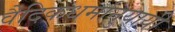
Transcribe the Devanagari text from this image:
वैदिकधर्मानुयायी